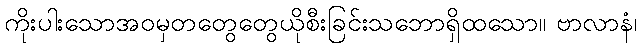
ကိုးပါးသောအဝမှတတွေတွေယိုစီးခြင်းသဘောရှိထသော။ ဗာလာနံ၊